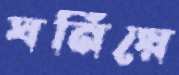
ঘনিয়ে